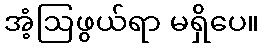
အံ့ဩဖွယ်ရာ မရှိပေ။